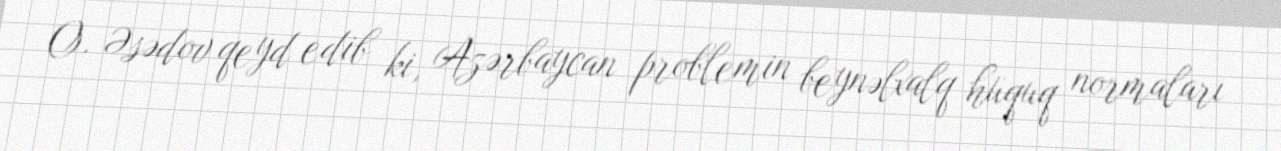
O. Əsədov qeyd edib ki, Azərbaycan problemin beynəlxalq hüquq normaları